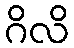
ဂိလိ